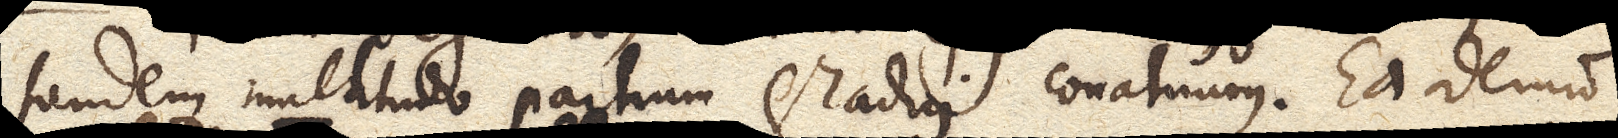
tandem multitudo partium gradui conatuum. Ea denuo